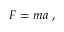
{ \boldsymbol { F } } = m { \boldsymbol { a } } \ ,